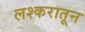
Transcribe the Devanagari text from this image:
लश्करातून